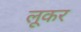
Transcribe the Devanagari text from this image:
लूकर